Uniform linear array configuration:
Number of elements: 12
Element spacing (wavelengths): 0.25
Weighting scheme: blackman
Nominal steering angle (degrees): -60
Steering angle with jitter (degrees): -61.198
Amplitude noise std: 0.05
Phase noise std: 0.05

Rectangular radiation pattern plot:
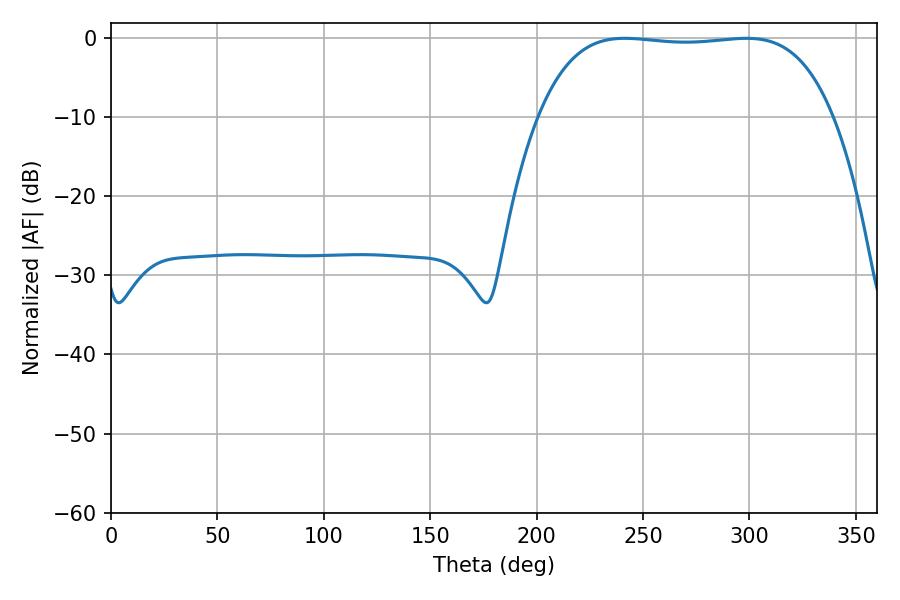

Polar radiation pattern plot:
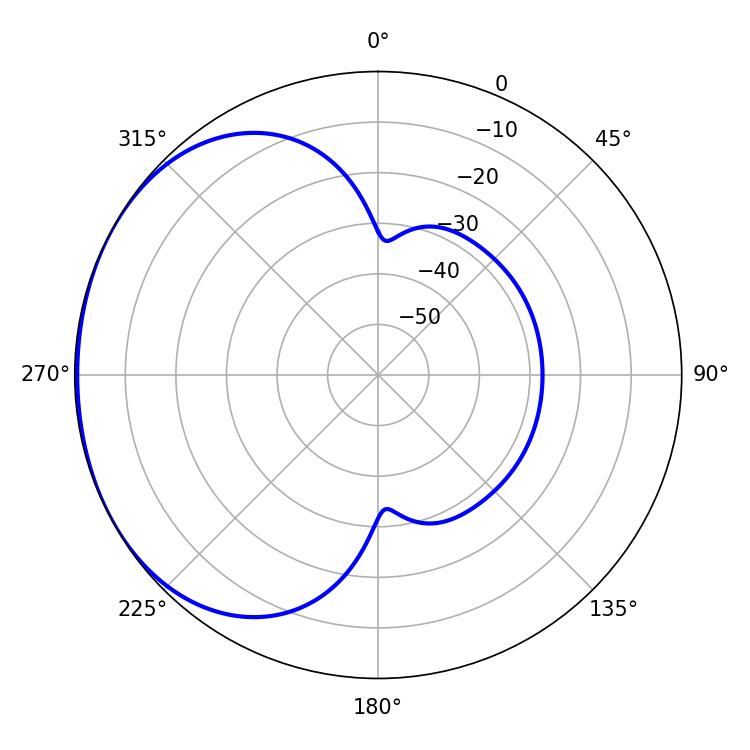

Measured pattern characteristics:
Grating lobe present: FALSE
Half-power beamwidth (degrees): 108.72
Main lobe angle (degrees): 241.38